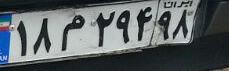
۱۸م۲۹۴۹۸